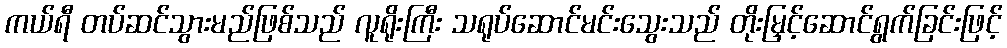
ကယ်ရီ တပ်ဆင်သွားမည်ဖြစ်သည် လူရိုးကြီး သရုပ်ဆောင်မင်းသွေးသည် တိုးမြှင့်ဆောင်ရွက်ခြင်းဖြင့်